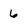
Character: 6